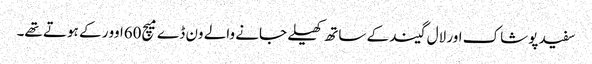
سفید پوشاک اور لال گیند کے ساتھ کھیلے جانے والے ون ڈے میچ60اوور کے ہوتے تھے۔